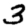
Digit: 3